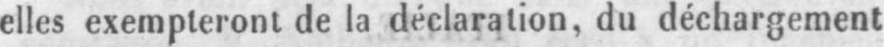
elles exempteront de la déclaration, du déchargement